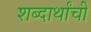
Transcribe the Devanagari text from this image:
शब्दार्थांची